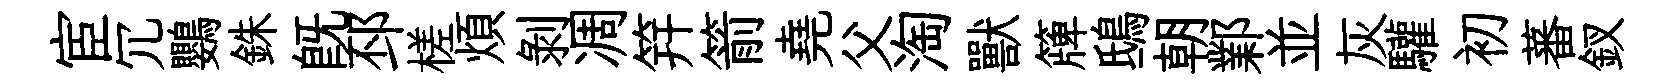
宦冗鸚銖旣邳槎煩剝凋笄箭堯父淘獸簰鴟朝鄴並灰驩初蕃釵